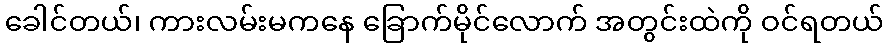
ခေါင်တယ်၊ ကားလမ်းမကနေ ခြောက်မိုင်လောက် အတွင်းထဲကို ဝင်ရတယ်